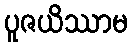
ပူဇယိဿာမ